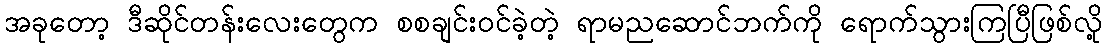
အခုတော့ ဒီဆိုင်တန်းလေးတွေက စစချင်းဝင်ခဲ့တဲ့ ရာမညဆောင်ဘက်ကို ရောက်သွားကြပြီဖြစ်လို့